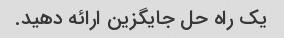
یک راه حل جایگزین ارائه دهید.